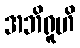
အဘိရူဟိ